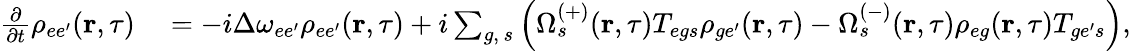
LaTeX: \begin{array}{rl}{\frac{\partial}{\partial t}\rho_{ee^{\prime}}(\textbf{r},\tau)}&{{}=-i\Delta\omega_{ee^{\prime}}\rho_{{ee^{\prime}}}(\textbf{r},\tau)+i\sum_{g,\, s}\left(\Omega_{s}^{(+)}(\textbf{r},\tau)T_{{eg}s}\rho_{{ge^{\prime}}}(\textbf{r},\tau)-\Omega_{s}^{(-)}(\textbf{r},\tau)\rho_{{eg}}(\textbf{r},\tau)T_{{ge^{\prime}}s}\right),}\end{array}